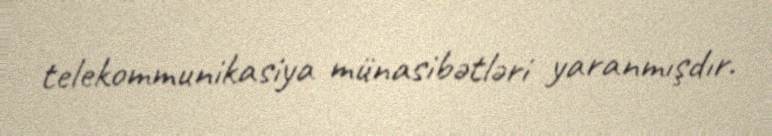
telekommunikasiya münasibətləri yaranmışdır.